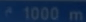
^{\wedge}1000